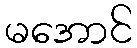
မအောင်